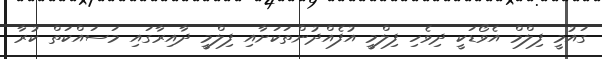
ގައުމީ ފިލްމް އެވޯޑަކީ ދިވެހި ފިލްމީ އުފެއްދުންތަކަށާއި ފިލްމީ ދާއިރާގައި މަސައްކަތް ކުރާ